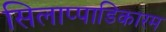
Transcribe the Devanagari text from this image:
सिलाप्पाडिकारम